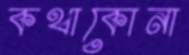
কথাকোনা